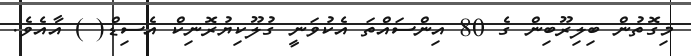
މިގޮތުން ބިލިރޫބިން ގެ 80 އިންސައްތަ އެކުވަނީ ގުލޫކިޔުރޮނިކް އެސިޑް( ) އާއެެވެ.